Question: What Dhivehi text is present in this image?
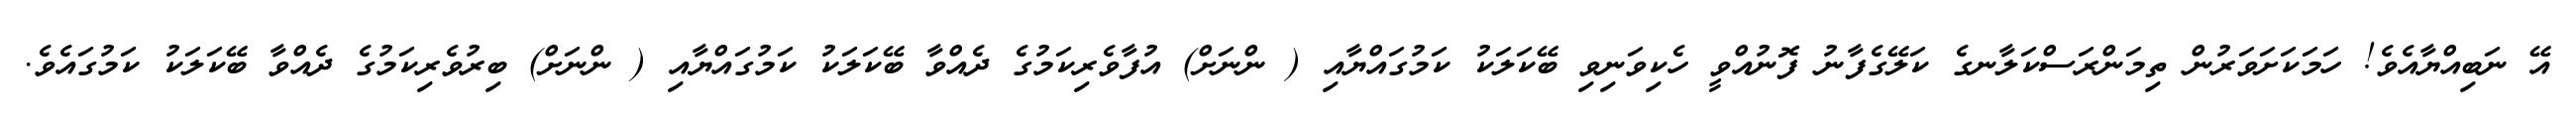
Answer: އޭ ނަބިއްޔާއެވެ! ހަމަކަށަވަރުން ތިމަންރަސްކަލާނގެ ކަލޭގެފާނު ފޮނުއްވީ ހެކިވަނިވި ބޭކަލަކު ކަމުގައްޔާއި ( ންނަށް) އުފާވެރިކަމުގެ ދެއްވާ ބޭކަލަކު ކަމުގައްޔާއި ( ންނަށް) ބިރުވެރިކަމުގެ ދެއްވާ ބޭކަލަކު ކަމުގައެވެ.